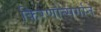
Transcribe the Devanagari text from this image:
किरणोत्‍सर्गाने